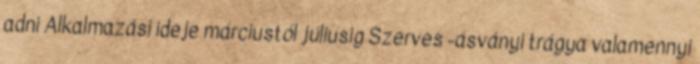
adni Alkalmazási ideje márciustól júliusig Szerves -ásványi trágya valamennyi